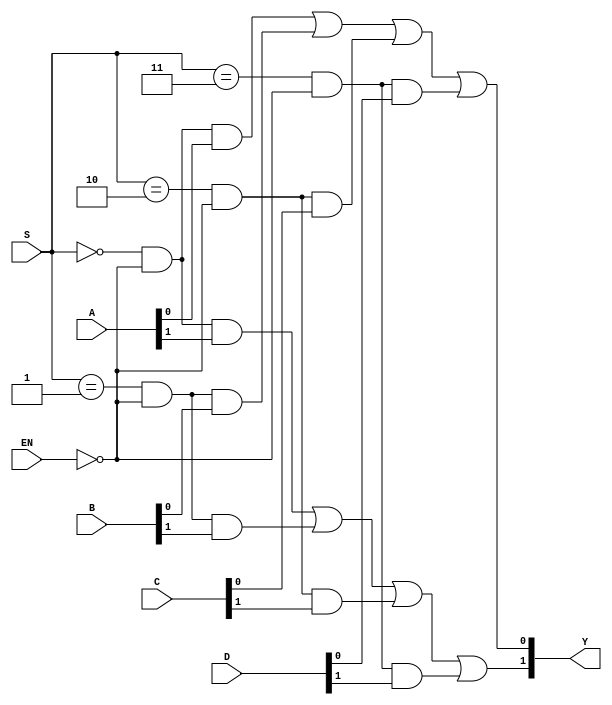
`timescale 1ns / 1ps

module No2(A, B, C, D, S, EN, Y);
		input [1:0] A;
		input [1:0] B;
		input [1:0] C;
		input [1:0] D;
		input [1:0] S;
		input EN;
		output [1:0] Y;

		wire [1:0] A;
		wire [1:0] B;
		wire [1:0] C;
		wire [1:0] D;
		wire [1:0] S;
		wire EN;
		wire [1:0] Y;

   	wire a, b, c, d;

   	assign a = (S == 2'b00) & (!EN);
   	assign b = (S == 2'b01) & (!EN);
   	assign c = (S == 2'b10) & (!EN);
   	assign d = (S == 2'b11) & (!EN);
		assign Y[0] = (a & A[0]) | (b & B[0]) | (c & C[0]) | (d & D[0]);
		assign Y[1] = (a & A[1]) | (b & B[1]) | (c & C[1]) | (d & D[1]);

endmodule